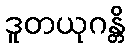
ဒူတယုဂန္တိ